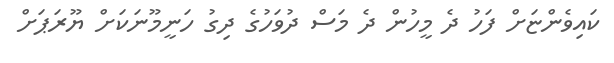
ކައިވެންޏަށް ފަހު ދެ މީހުން ދެ މަސް ދުވަހުގެ ދިގު ހަނީމޫނަކަށް ޔޫރަޕަށް